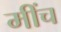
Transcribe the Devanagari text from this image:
मींच